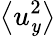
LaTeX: \left<u_{\mathit{y}}^{2}\right>